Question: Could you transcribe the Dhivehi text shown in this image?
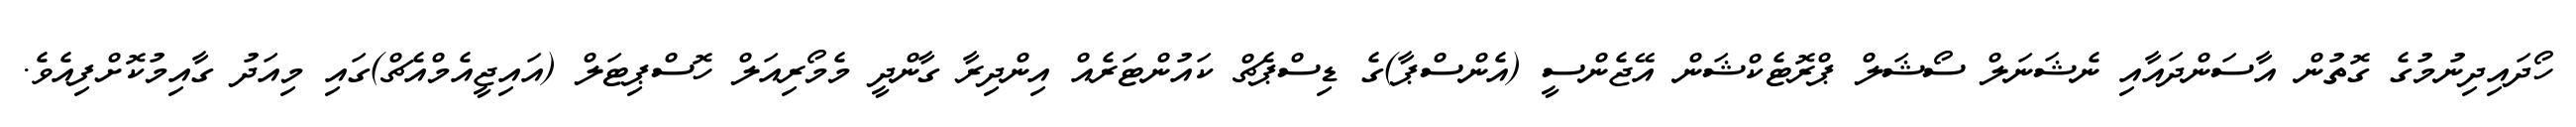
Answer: ހޯދައިދިނުމުގެ ގޮތުން އާސަންދައާއި ނެޝަނަލް ސޯޝަލް ޕްރޮޓެކްޝަން އޭޖެންސީ (އެންސްޕާ)ގެ ޑިސްޕެޗް ކައުންޓަރެއް އިންދިރާ ގާންދީ މެމޯރިއަލް ހޮސްޕިޓަލް (އައިޖީއެމްއެޗް)ގައި މިއަދު ގާއިމުކޮށްފިއެވެ.